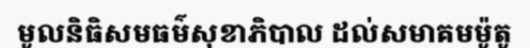
មូលនិធិសមធម៌សុខាភិបាល ដល់សមាគមម៉ូតូ